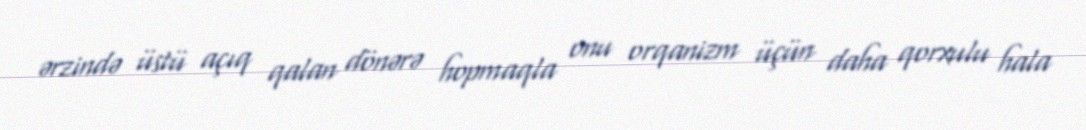
ərzində üstü açıq qalan dönərə hopmaqla onu orqanizm üçün daha qorxulu hala